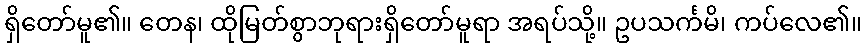
ရှိတော်မူ၏။ တေန၊ ထိုမြတ်စွာဘုရားရှိတော်မူရာ အရပ်သို့။ ဥပသင်္ကမိ၊ ကပ်လေ၏။